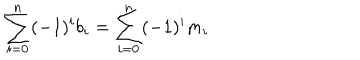
\sum _ { i = 0 } ^ { n } ( - 1 ) ^ { i } b _ { i } = \sum _ { i = 0 } ^ { n } ( - 1 ) ^ { i } m _ { i }